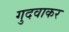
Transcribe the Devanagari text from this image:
गुदवाकर